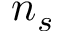
n _ { s }